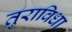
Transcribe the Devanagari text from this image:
तुराविधा